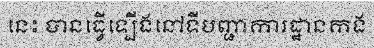
នេះ បានធ្វើឡើងនៅទីបញ្ជាការដ្ឋានកង